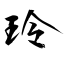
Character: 玲